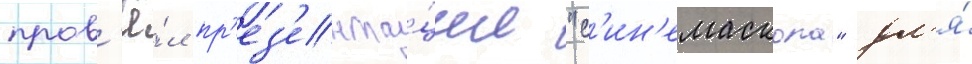
пров'ё́л пр'ез'ента́ции "с'ин'емаскопа" дл'я́